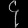
Digit: ၄